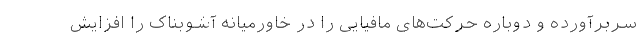
سربرآورده و دوباره حرکت‌های مافیایی را در خاورمیانه آشوبناک را افزایش